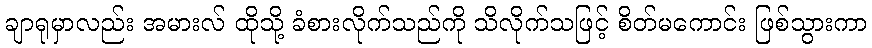
ချာရုမှာလည်း အမားလ် ထိုသို့ ခံစားလိုက်သည်ကို သိလိုက်သဖြင့် စိတ်မကောင်း ဖြစ်သွားကာ